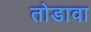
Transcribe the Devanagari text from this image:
तोडावा